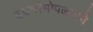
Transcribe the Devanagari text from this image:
दधधीभोपळ्याचे